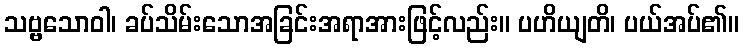
သဗ္ဗသောဝါ၊ ခပ်သိမ်းသောအခြင်းအရာအားဖြင့်လည်း။ ပဟိယျတိ၊ ပယ်အပ်၏။